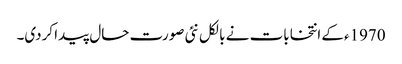
1970ءکے انتخابات نے بالکل نئی صورت حال پیدا کردی۔